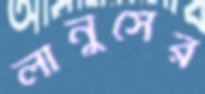
লানুসের